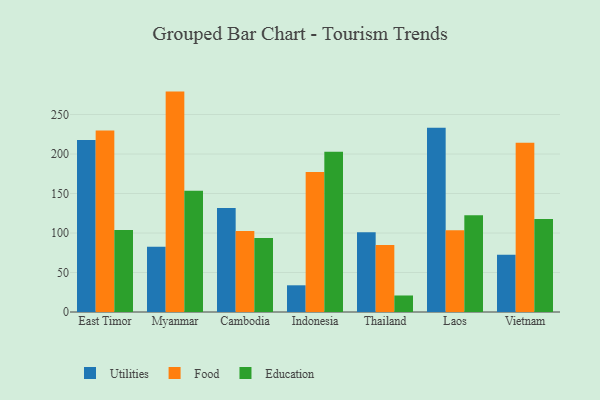
{"axis": {"x": "Country", "y": "Active Users"}, "legend": ["Education", "Food", "Utilities"], "data": [{"x": "East Timor", "y": 217.7, "type": "Utilities"}, {"x": "East Timor", "y": 229.8, "type": "Food"}, {"x": "East Timor", "y": 103.7, "type": "Education"}, {"x": "Myanmar", "y": 82.5, "type": "Utilities"}, {"x": "Myanmar", "y": 279.0, "type": "Food"}, {"x": "Myanmar", "y": 153.5, "type": "Education"}, {"x": "Cambodia", "y": 131.8, "type": "Utilities"}, {"x": "Cambodia", "y": 102.5, "type": "Food"}, {"x": "Cambodia", "y": 93.6, "type": "Education"}, {"x": "Indonesia", "y": 33.8, "type": "Utilities"}, {"x": "Indonesia", "y": 177.1, "type": "Food"}, {"x": "Indonesia", "y": 202.9, "type": "Education"}, {"x": "Thailand", "y": 100.9, "type": "Utilities"}, {"x": "Thailand", "y": 84.8, "type": "Food"}, {"x": "Thailand", "y": 20.9, "type": "Education"}, {"x": "Laos", "y": 233.3, "type": "Utilities"}, {"x": "Laos", "y": 103.6, "type": "Food"}, {"x": "Laos", "y": 122.4, "type": "Education"}, {"x": "Vietnam", "y": 72.5, "type": "Utilities"}, {"x": "Vietnam", "y": 214.1, "type": "Food"}, {"x": "Vietnam", "y": 117.7, "type": "Education"}]}